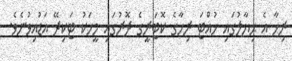
ރިހާ އެ ޙިޔާލުގައި ހުއްޓަ ރިހާގެ ކޮޓަރީގެ ދޮރުގައި މީހަކު ޓަކިދޭ އަޑުއިވުނެވެ.